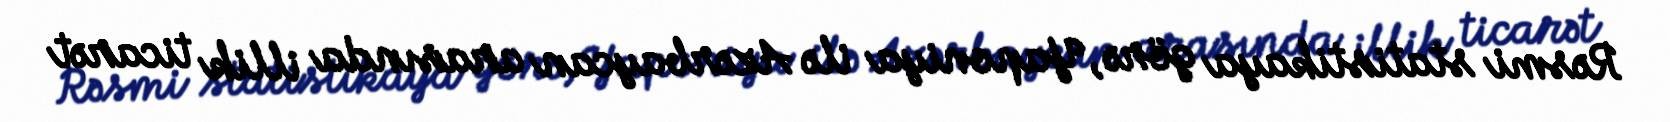
Rəsmi statistikaya görə, Yaponiya ilə Azərbaycan arasında illik ticarət